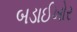
બડાઈખોર